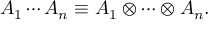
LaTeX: A _ { 1 } \cdots A _ { n } \equiv A _ { 1 } \otimes \cdots \otimes A _ { n } .